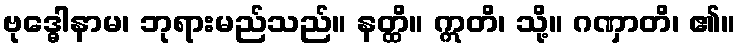
ဗုဒ္ဓေါနာမ၊ ဘုရားမည်သည်။ နတ္ထိ။ ဣတိ၊ သို့။ ဂဏှာတိ၊ ၏။